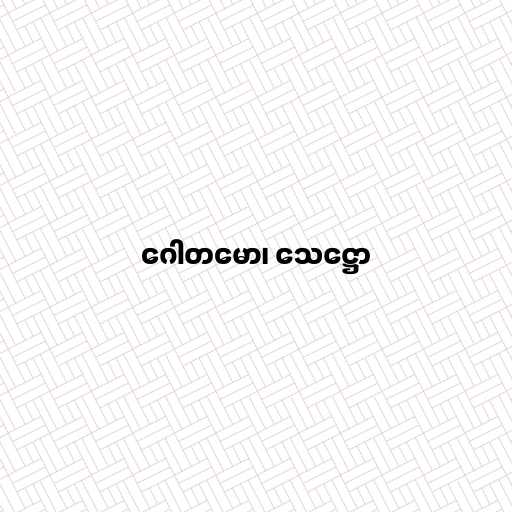
ဂေါတမော၊ သေဋ္ဌော